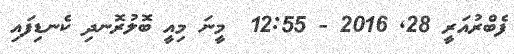
ފެބްރުއަރީ 28